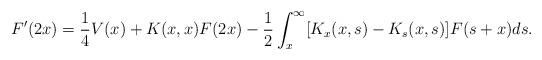
LaTeX: \begin{align*}F'(2x)=\frac{1}{4}V(x)+K(x,x)F(2x)-\frac{1}{2}\int_x^\infty [K_x(x,s)-K_s(x,s)]F(s+x)ds.\end{align*}